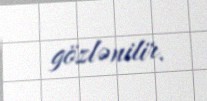
gözlənilir.